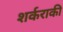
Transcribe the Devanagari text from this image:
शर्कराकी